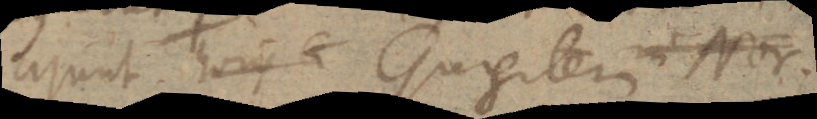
ajunt horis Gurgitem in Nor